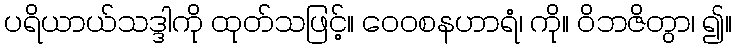
ပရိယာယ်သဒ္ဒါကို ထုတ်သဖြင့်။ ဝေဝစနဟာရံ၊ ကို။ ဝိဘဇိတွာ၊ ၍။